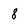
Character: 8